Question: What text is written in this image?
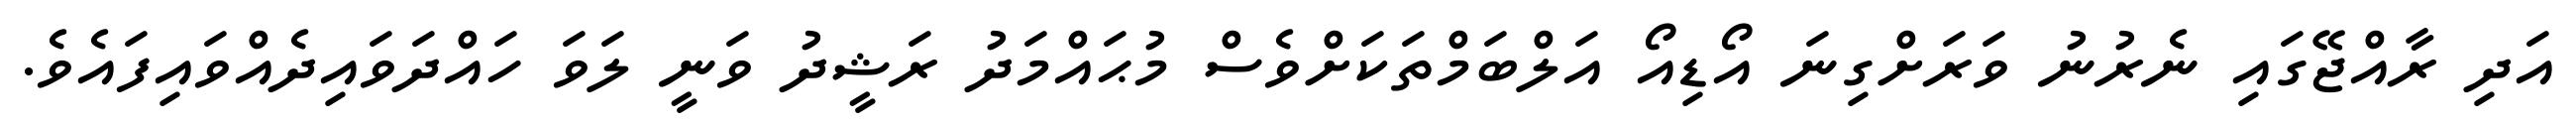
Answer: އަދި ރާއްޖޭގައި ނެރުނު ވަރަށްގިނަ އޯޑިއޯ އަލްބަމްތަކަށްވެސް މުޙައްމަދު ރަޝީދު ވަނީ ލަވަ ހައްދަވައިދެއްވައިފައެވެ.